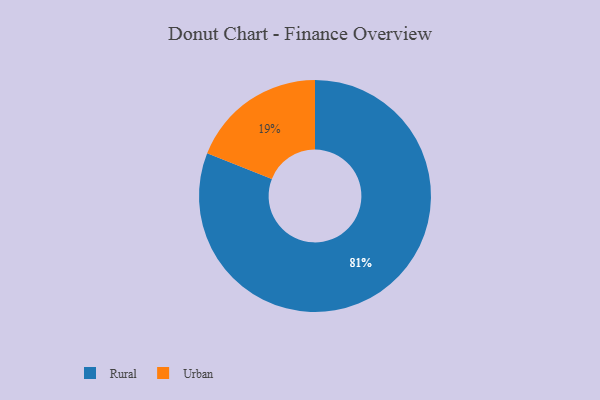
{"axis": {"x": "Category", "y": "Percentage"}, "legend": ["Rural", "Urban"], "data": [{"x": "Rural", "y": 81, "type": "Rural"}, {"x": "Urban", "y": 19, "type": "Urban"}]}